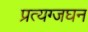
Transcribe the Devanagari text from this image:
प्रत्यग्जघन